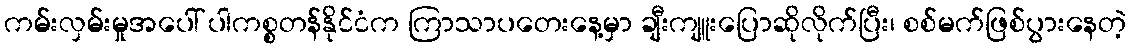
ကမ်းလှမ်းမှုအပေါ် ပါကစ္စတန်နိုင်ငံက ကြာသာပတေးနေ့မှာ ချီးကျူးပြောဆိုလိုက်ပြီး၊ စစ်မက်ဖြစ်ပွားနေတဲ့